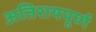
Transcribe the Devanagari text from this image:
अतिशयपूर्ण